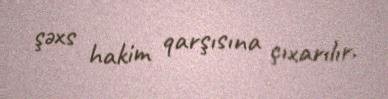
şəxs hakim qarşısına çıxarılır.